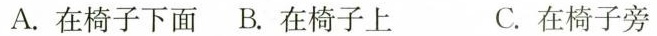
A.在椅子下面 B.在椅子上 C.在椅子旁